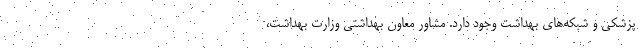
پزشکی و شبکه‌های بهداشت وجود دارد. مشاور معاون بهداشتی وزارت بهداشت،